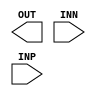
module ADC_1BIT(
	output OUT,
	input INN,
	input INP
);

endmodule